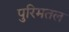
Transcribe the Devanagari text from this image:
पुरिमतल